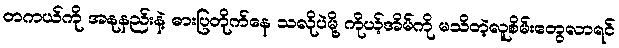
တကယ်ကို အနုနည်းနဲ့ ဓားပြတိုက်နေ သလိုပဲမို့ ကိုယ့်အိမ်ကို မသိတဲ့လူစိမ်းတွေလာရင်